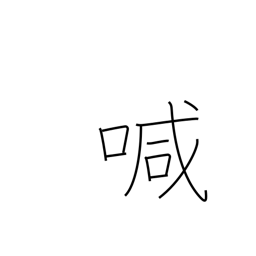
Meaning: call